Civil Veterinary Dept. Bombay admin report 1932-41 - 1932-1941
Year: 1932
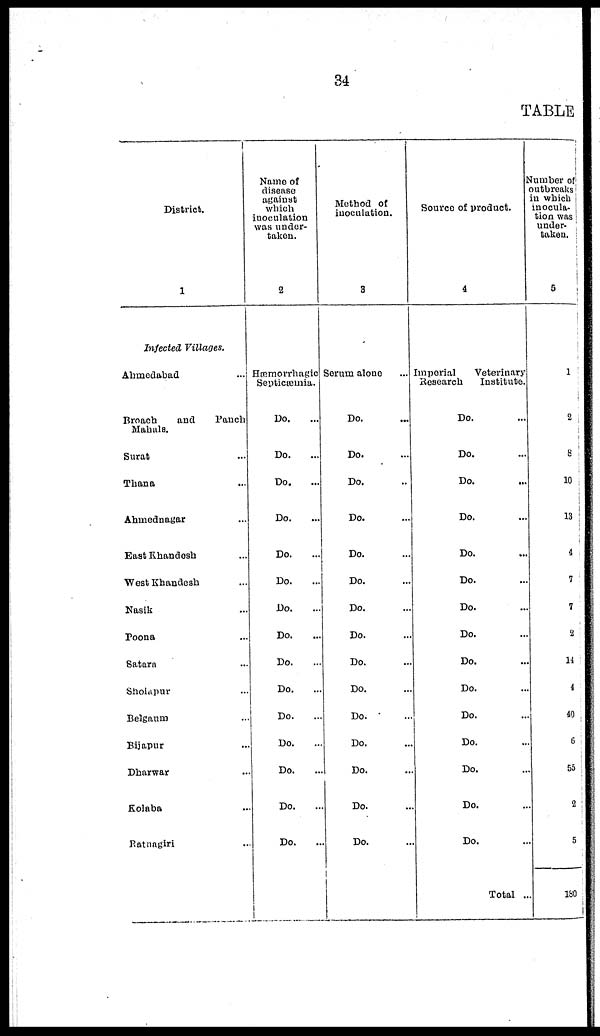
34
TABLE
District.
1
Infected Villages.
Ahmedabad ...
Broach
and
Panch
Mahals.
Surat ...
Thana ...
Ahmednagar ...
East Khandesh ...
West Khandesh ...
Nasik ...
Poona ...
Satara ...
Sholapur ...
Belgaum ...
Bijapur ...
Dharwar ...
Kolaba ...
Ratnagiri ...
Name of
disease
against
which
inoculation
was under-
taken.
2
Hæmorrhagic
Septicæmia.
Do. ...
Do. ...
Do. ...
Do. ...
Do. ...
Do. ...
Do. ...
Do. ...
Do. ...
Do. ...
Do. ...
Do. ...
Do. ...
Do. ...
Do. ...
Method of
inoculation.
3
Serum alone ...
Do. ...
Do. ...
Do. ...
Do. ...
Do. ...
Do. ...
Do. ...
Do. ...
Do. ...
Do. ...
Do. ...
Do. ...
Do. ...
Do. ...
Do. ...
Source of product.
4
Imperial
Veterinary
Research
Institute.
Do. ...
Do. ...
Do. ...
Do. ...
Do. ...
Do. ...
Do. ...
Do. ...
Do. ...
Do. ...
Do. ...
Do. ...
Do. ...
Do. ...
Do. ...
Total ...
Number of
outbreaks
in which
inocula¬
tion was
under¬
taken.
5
1
2
8
10
13
4
7
7
2
14
4
40
6
55
2
5
180